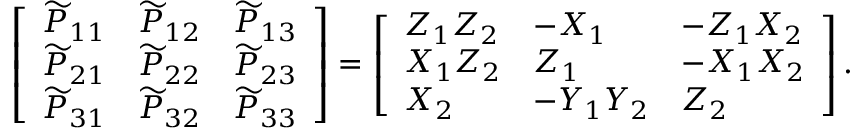
\left[ \begin{array} { l l l } { \widetilde { P } _ { 1 1 } } & { \widetilde { P } _ { 1 2 } } & { \widetilde { P } _ { 1 3 } } \\ { \widetilde { P } _ { 2 1 } } & { \widetilde { P } _ { 2 2 } } & { \widetilde { P } _ { 2 3 } } \\ { \widetilde { P } _ { 3 1 } } & { \widetilde { P } _ { 3 2 } } & { \widetilde { P } _ { 3 3 } } \end{array} \right] = \left[ \begin{array} { l l l } { Z _ { 1 } Z _ { 2 } } & { - X _ { 1 } } & { - Z _ { 1 } X _ { 2 } } \\ { X _ { 1 } Z _ { 2 } } & { Z _ { 1 } } & { - X _ { 1 } X _ { 2 } } \\ { X _ { 2 } } & { - Y _ { 1 } Y _ { 2 } } & { Z _ { 2 } } \end{array} \right] .